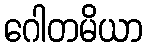
ဂေါတမိယာ